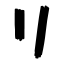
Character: リ